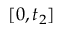
[ 0 , t _ { 2 } ]